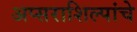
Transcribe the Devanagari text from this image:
अप्सराशिल्पांचे